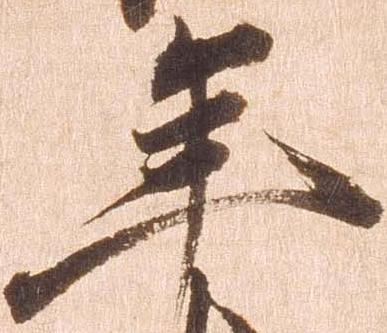
年